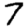
Digit: 7